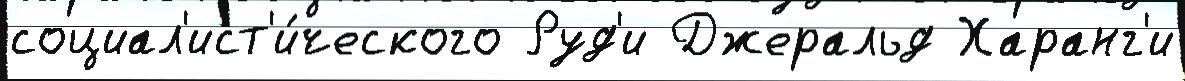
социал'ист'и́ческого Руд'и Джеральд Харанг'и